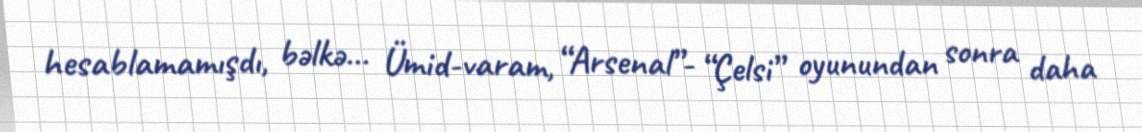
hesablamamışdı, bəlkə... Ümid­varam, “Arsenal”- “Çelsi” oyunundan sonra daha